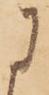
に